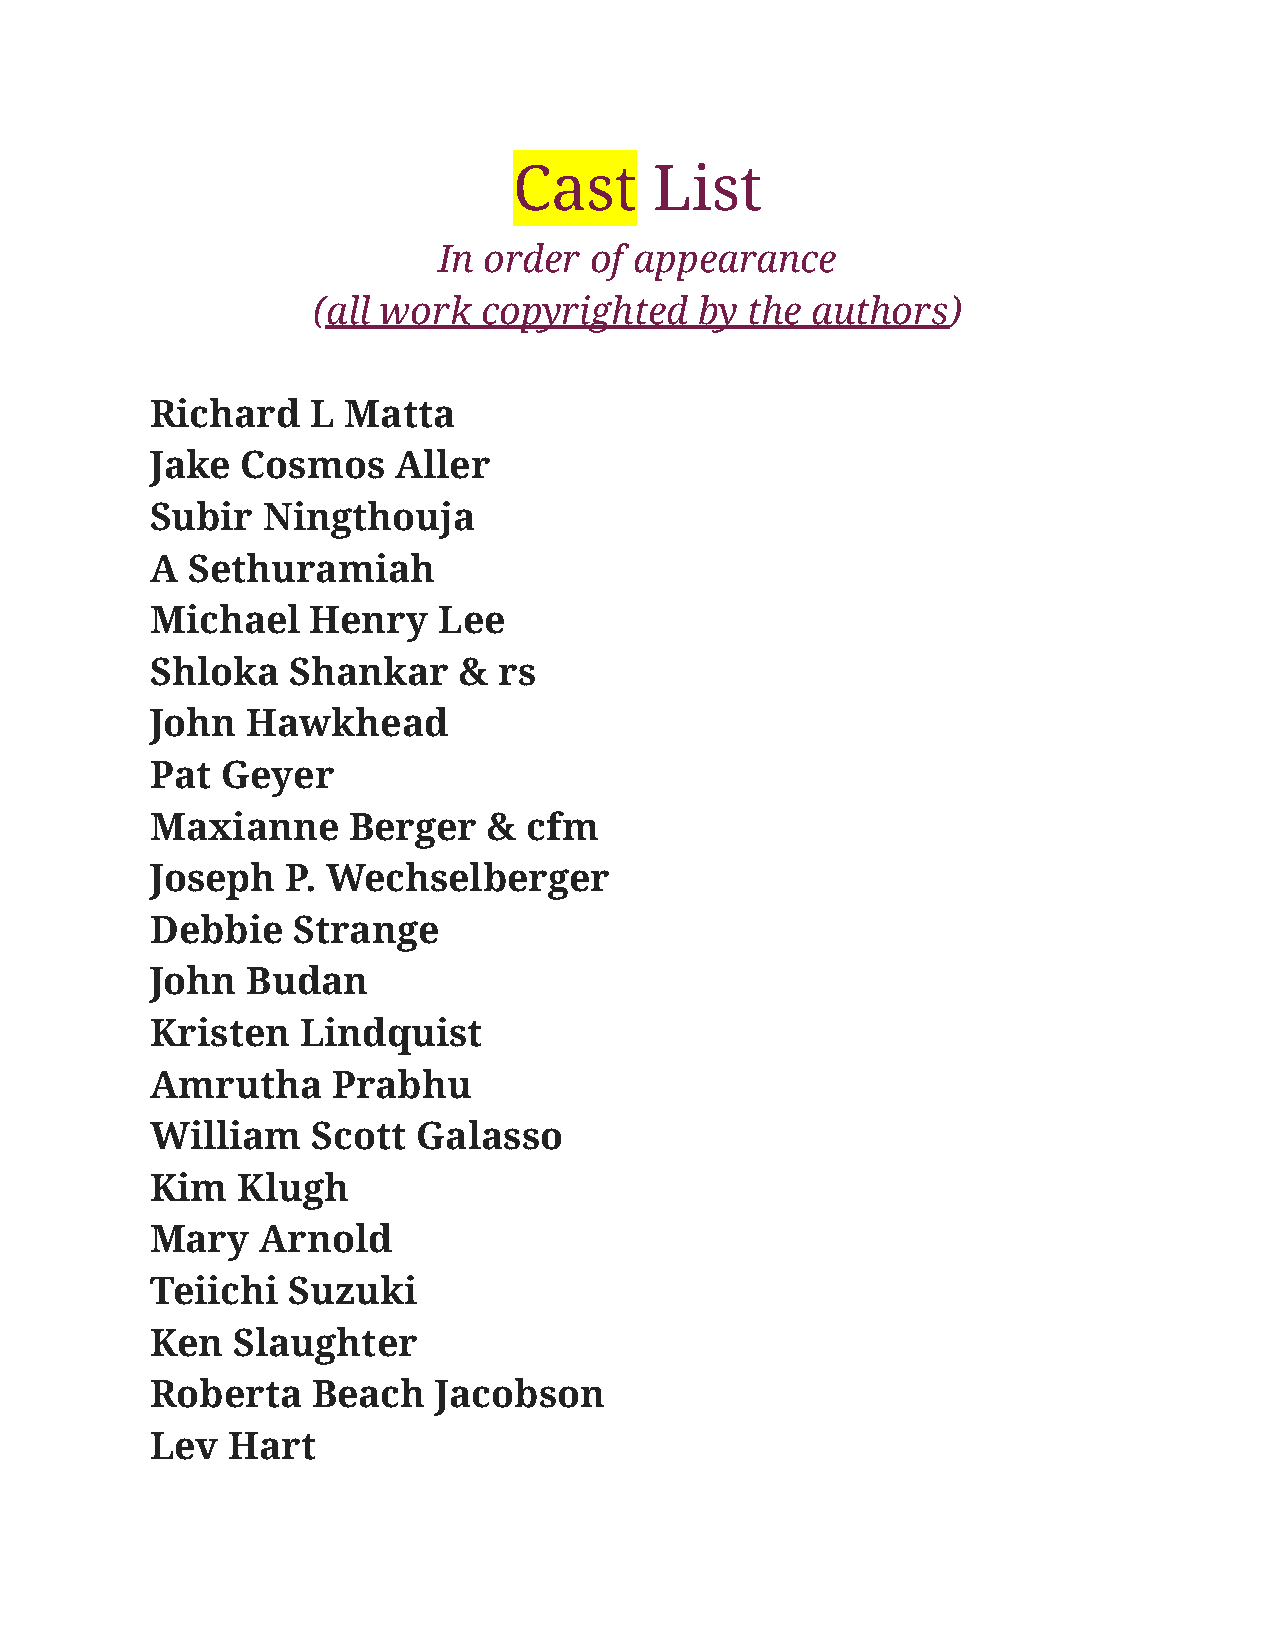
Cast     List
 In order  of appearance
 (all work  copyrighted   by the  authors)
 Richard    L Matta
 Jake  Cosmos    Aller
 Subir  Ningthouja
 A Sethuramiah
 Michael    Henry   Lee
 Shloka   Shankar    &  rs
 John  Hawkhead
 Pat  Geyer
 Maxianne     Berger   &  cfm
 Joseph   P. Wechselberger
 Debbie   Strange
 John  Budan
 Kristen   Lindquist
 Amrutha     Prabhu
 William    Scott  Galasso
 Kim   Klugh
 Mary   Arnold
 Teiichi  Suzuki
 Ken  Slaughter
 Roberta    Beach   Jacobson
 Lev  Hart